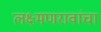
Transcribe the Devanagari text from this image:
लक्ष्मणरावांचा